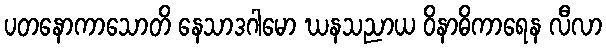
ပတနောကာသောတိ နေသာဒဂါမော ဃနသညာယ ဝိနာဓိကာရေန လီလာ